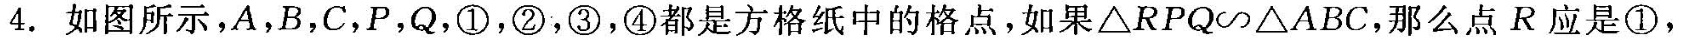
4.如图所示，A，B，C，P，Q，①，②，③，④都是方格纸中的格点，如果△RPQ\sim △ABC，那么点R应是①，